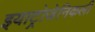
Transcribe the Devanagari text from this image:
इयाट्रोजेनिकली